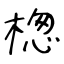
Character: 楤